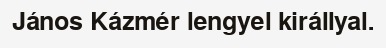
János Kázmér lengyel királlyal.